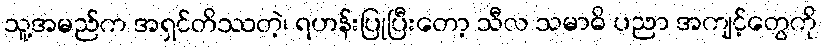
သူ့အမည်က အရှင်တိဿတဲ့၊ ရဟန်းပြုပြီးတော့ သီလ သမာဓိ ပညာ အကျင့်တွေကို